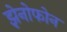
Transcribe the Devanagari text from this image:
झेनोफोन